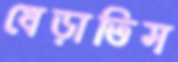
ধেড়াতিস